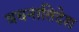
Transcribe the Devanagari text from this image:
वचनातिदेश